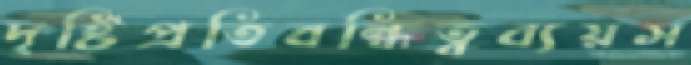
দৃষ্টিপ্রতিবন্ধিত্বব্যয়স